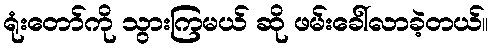
ရုံးတော်ကို သွားကြမယ် ဆို ဖမ်းခေါ်လာခဲ့တယ်။